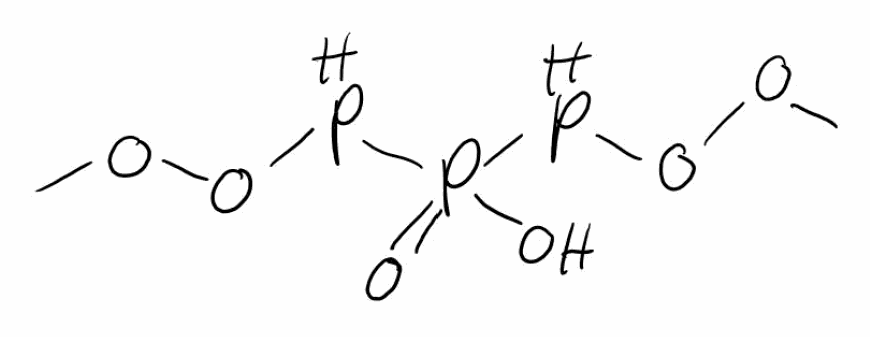
Simplified molecular-input line-entry system (SMILES) notation of the given molecule:
COOPP(=O)(O)POOC